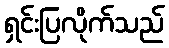
ရှင်းပြလိုက်သည်